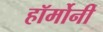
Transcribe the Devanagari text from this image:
हॉर्मोनी